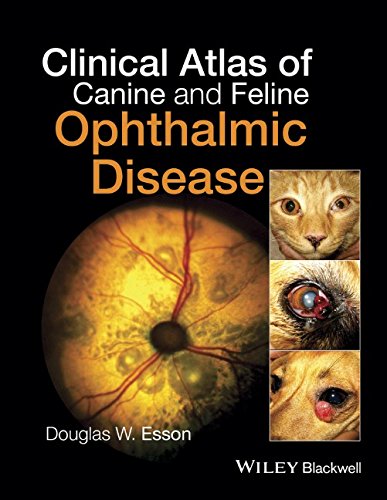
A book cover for Clinical Atlas of Canine and Feline Ophthalmic Disease; Douglas W. Esson; Medical Books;